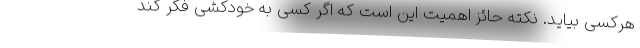
هرکسی بیاید. نکته حائز اهمیت این است که اگر کسی به خودکشی فکر کند